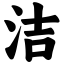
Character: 洁